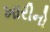
ખારીનો